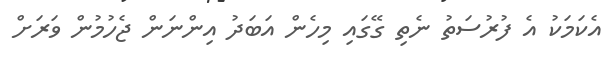
އެކަމަކު އެ ފުރުސަތު ނެތި ގޭގައި މިހެން އަބަދު އިންނަން ޖެހުމުން ވަރަށް